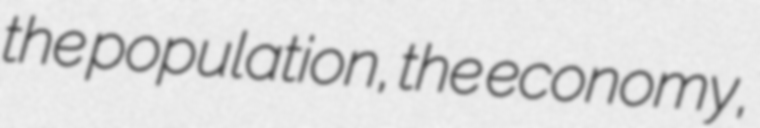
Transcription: the population, the economy,